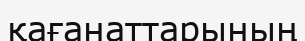
қағанаттарының